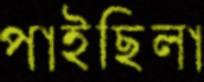
পাইছিলা